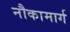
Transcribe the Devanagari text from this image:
नौकामार्ग